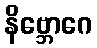
နိဗ္ဘောဂေ